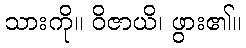
သားကို။ ဝိဇာယိ၊ ဖွား၏။